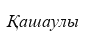
Қашаулы